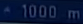
*1000m